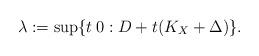
LaTeX: \begin{align*}\lambda:=\sup\{t\>0: D+t(K_X+\Delta)\}.\end{align*}